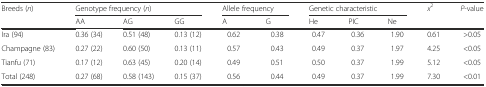
<table><thead><tr><td rowspan="2"><b>Breeds (<i>n</i>)</b></td><td colspan="3"><b>Genotype frequency (<i>n</i>)</b></td><td colspan="2"><b>Allele frequency</b></td><td colspan="3"><b>Genetic characteristic</b></td><td rowspan="2"><b><i>x</i><sup>2</sup></b></td><td rowspan="2"><b><i>P</i>-value</b></td></tr><tr><td><b>AA</b></td><td><b>AG</b></td><td><b>GG</b></td><td><b>A</b></td><td><b>G</b></td><td><b>He</b></td><td><b>PIC</b></td><td><b>Ne</b></td></tr></thead><tbody><tr><td>Ira (94)</td><td>0.36 (34)</td><td>0.51 (48)</td><td>0.13 (12)</td><td>0.62</td><td>0.38</td><td>0.47</td><td>0.36</td><td>1.90</td><td>0.61</td><td>&gt;0.05</td></tr><tr><td>Champagne (83)</td><td>0.27 (22)</td><td>0.60 (50)</td><td>0.13 (11)</td><td>0.57</td><td>0.43</td><td>0.49</td><td>0.37</td><td>1.97</td><td>4.25</td><td>&lt;0.05</td></tr><tr><td>Tianfu (71)</td><td>0.17 (12)</td><td>0.63 (45)</td><td>0.20 (14)</td><td>0.49</td><td>0.51</td><td>0.50</td><td>0.37</td><td>1.99</td><td>5.12</td><td>&lt;0.05</td></tr><tr><td>Total (248)</td><td>0.27 (68)</td><td>0.58 (143)</td><td>0.15 (37)</td><td>0.56</td><td>0.44</td><td>0.49</td><td>0.37</td><td>1.99</td><td>7.30</td><td>&lt;0.01</td></tr></tbody></table>